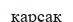
қарсак